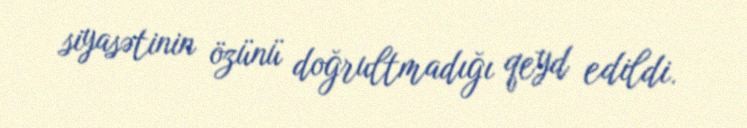
siyasətinin özünü doğrultmadığı qeyd edildi.